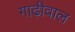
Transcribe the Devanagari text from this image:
गाढ़ीवाल